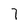
Character: 7